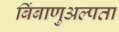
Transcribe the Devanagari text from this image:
बिंबाणुअल्पता